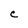
Character: C